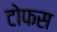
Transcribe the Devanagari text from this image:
टोफस